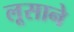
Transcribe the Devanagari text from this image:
लूसाने